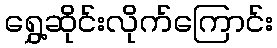
ရွှေ့ဆိုင်းလိုက်ကြောင်း